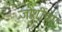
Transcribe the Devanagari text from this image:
जोशींचा